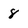
Character: 8